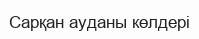
Сарқан ауданы көлдері